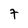
Character: 7